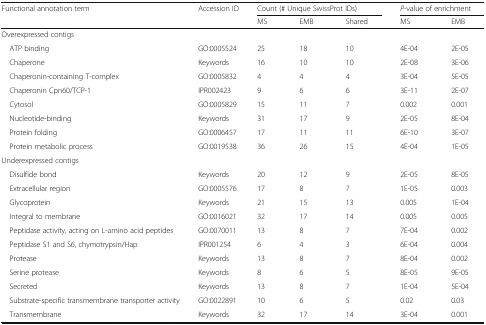
| <ROWSPAN=2> Functional annotation term | <ROWSPAN=2> Accession ID | <COLSPAN=3> Count (# Unique SwissProt IDs) | <COLSPAN=2> P-value of enrichment |
 | MS | EMB | Shared | MS | EMB |
 | --- | --- | --- | --- | --- | --- | --- |
 | <COLSPAN=7> Overexpressed contigs |
 | ATP binding | GO:0005524 | 25 | 18 | 10 | 4E-04 | 2E-05 |
 | Chaperone | Keywords | 16 | 10 | 10 | 2E-08 | 3E-06 |
 | Chaperonin-containing T-complex | GO:0005832 | 4 | 4 | 4 | 3E-04 | 5E-05 |
 | Chaperonin Cpn60/TCP-1 | IPR002423 | 9 | 6 | 6 | 3E-11 | 2E-07 |
 | Cytosol | GO:0005829 | 15 | 11 | 7 | 0.002 | 0.001 |
 | Nucleotide-binding | Keywords | 31 | 17 | 9 | 2E-05 | 8E-04 |
 | Protein folding | GO:0006457 | 17 | 11 | 11 | 6E-10 | 3E-07 |
 | Protein metabolic process | GO:0019538 | 36 | 26 | 15 | 4E-04 | 1E-05 |
 | <COLSPAN=7> Underexpressed contigs |
 | Disulfide bond | Keywords | 20 | 12 | 9 | 2E-05 | 8E-05 |
 | Extracellular region | GO:0005576 | 17 | 8 | 7 | 1E-05 | 0.003 |
 | Glycoprotein | Keywords | 21 | 15 | 13 | 0.005 | 1E-04 |
 | Integral to membrane | GO:0016021 | 32 | 17 | 14 | 0.005 | 0.005 |
 | Peptidase activity, acting on L-amino acid peptides | GO:0070011 | 13 | 8 | 7 | 7E-04 | 0.002 |
 | Peptidase S1 and S6, chymotrypsin/Hap | IPR001254 | 6 | 4 | 3 | 6E-04 | 0.004 |
 | Protease | Keywords | 13 | 8 | 7 | 8E-04 | 0.002 |
 | Serine protease | Keywords | 8 | 6 | 5 | 8E-05 | 9E-05 |
 | Secreted | Keywords | 13 | 8 | 7 | 1E-04 | 5E-04 |
 | Substrate-specific transmembrane transporter activity | GO:0022891 | 10 | 6 | 5 | 0.02 | 0.03 |
 | Transmembrane | Keywords | 32 | 17 | 14 | 3E-04 | 0.001 |